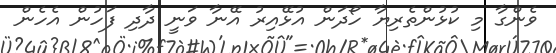
ވެންގާ މި ކުޅުންތެރިޔާ ހޯދަން އުޅޭއިރު އޭނާ ވަނީ ދާދި ފަހުން އެހެން